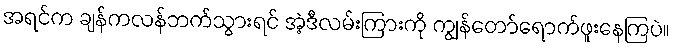
အရင်က ချန်ကလန်ဘက်သွားရင် အဲ့ဒီလမ်းကြားကို ကျွန်တော်ရောက်ဖူးနေကြပဲ။